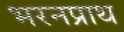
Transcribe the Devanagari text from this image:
भरनप्राथ